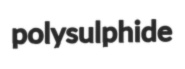
polysulphide